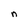
Character: n